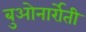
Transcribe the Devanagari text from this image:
बुओनार्रोती